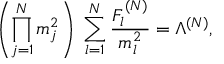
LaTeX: \left( \prod _ { j = 1 } ^ { N } m _ { j } ^ { 2 } \right) \; \sum _ { l = 1 } ^ { N } \frac { F _ { l } ^ { ( N ) } } { m _ { l } ^ { 2 } } = \Lambda ^ { ( N ) } ,